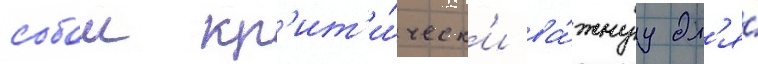
собои кр'ит'и́ческ'и ва́жнуу дл'я́